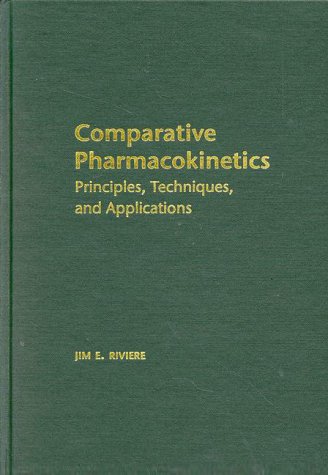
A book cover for Comparative Pharmacokinetics: Principles, Techniques, and Applications; Jim E. Riviere; Medical Books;